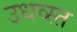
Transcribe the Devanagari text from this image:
उधव्स्त